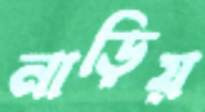
নাড়িয়